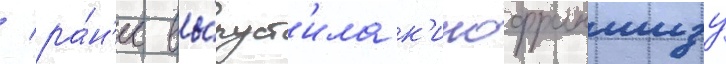
/ ра́н'ее вы́пуст'ила к'инофраншизу